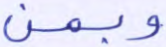
وبمن